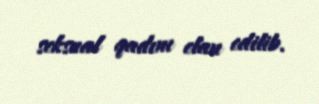
seksual qadını elan edilib.